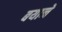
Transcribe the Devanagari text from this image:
बयाने